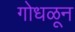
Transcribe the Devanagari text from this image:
गोधळून